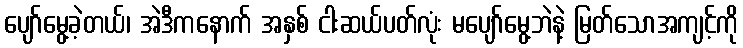
ပျော်မွေ့ခဲ့တယ်၊ အဲဒီကနောက် အနှစ် ငါးဆယ်ပတ်လုံး မပျော်မွေ့ဘဲနဲ့ မြတ်သောအကျင့်ကို